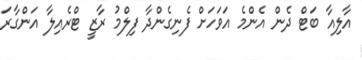
އާލިއާ ބަޓް ދެން އެންމެ އަވަހަށް ފެނިގެންދާ ފިލްމު ރާޒީ ޓްރެއިލާ އަންގާރަ